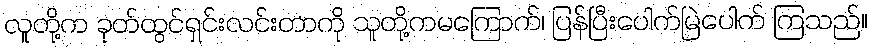
လူတို့က ခုတ်ထွင်ရှင်းလင်းတာကို သူတို့ကမကြောက်၊ ပြန်ပြီးပေါက်မြဲပေါက် ကြသည်။